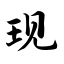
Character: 现